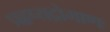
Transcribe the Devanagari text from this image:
प्रहृष्यद्रोमाणः